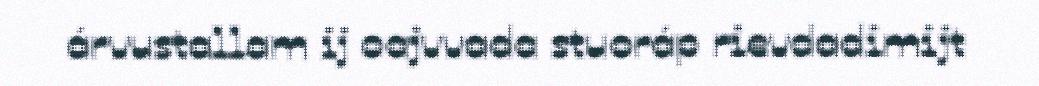
árvustallam ij oajvvada stuoráp rievdadimijt